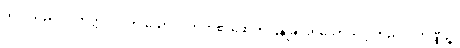
သဒ္ဒါသည်။ ဝိဘတ္တိပိပလ္လာ သော၊ ဝိဘတ်၏ဖောက်ပြန်ခြင်းရှိသောသဒ္ဒါတည်း။ တိဏ္ဏဉ္စ၊